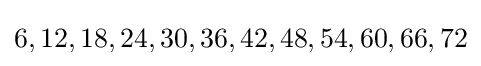
6,12,18,24,30,36,42,48,54,60,66,72